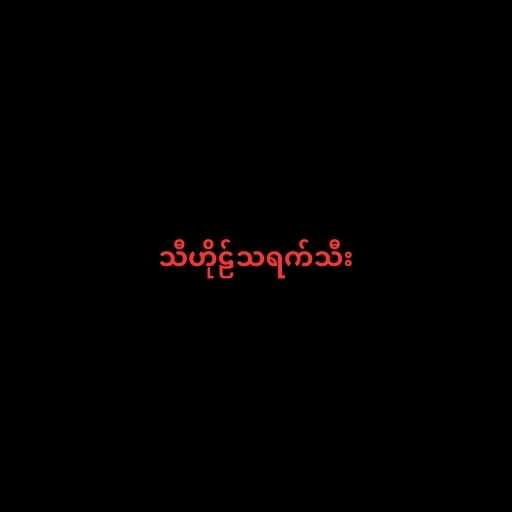
သီဟိုဠ်သရက်သီး